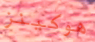
هوكينز